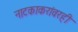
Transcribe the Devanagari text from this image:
नाटकाकरांवरही